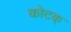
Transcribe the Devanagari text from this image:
कोटक्